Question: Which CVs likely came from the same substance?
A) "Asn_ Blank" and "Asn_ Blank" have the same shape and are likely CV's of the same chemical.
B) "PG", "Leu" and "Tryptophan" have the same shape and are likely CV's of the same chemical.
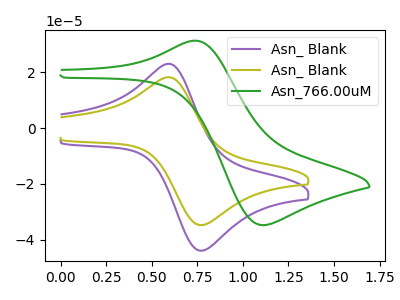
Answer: <think>The purple curve "Asn_ Blank" has an anodic peak at (0.60V, 22.95uA) and a cathodic peak at (0.80V, -43.85uA). The olive curve "Asn_ Blank" has an anodic peak at (0.60V, 18.15uA) and a cathodic peak at (0.80V, -34.70uA). The green curve "Asn_766.00uM" has an anodic peak at (0.75V, 31.25uA) and a cathodic peak at (1.10V, -34.75uA).
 All the peaks in "Asn_ Blank" have a peak in "Asn_ Blank" at the same potential. Every peak in "Asn_ Blank" is higher than every peak in "Asn_ Blank". "Asn_ Blank" and "Asn_766.00uM" have at least one peak that do not match. "Asn_ Blank" and "Asn_766.00uM" have at least one peak that do not match.</think>
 <answer>A) "Asn_ Blank" and "Asn_ Blank" have the same shape and are likely CV's of the same chemical.</answer>
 <eval>A</eval>